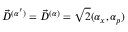
\Vec { D } ^ { ( \alpha ^ { \prime } ) } = \vec { D } ^ { ( \alpha ) } = \sqrt { 2 } ( \alpha _ { x } , \alpha _ { p } )